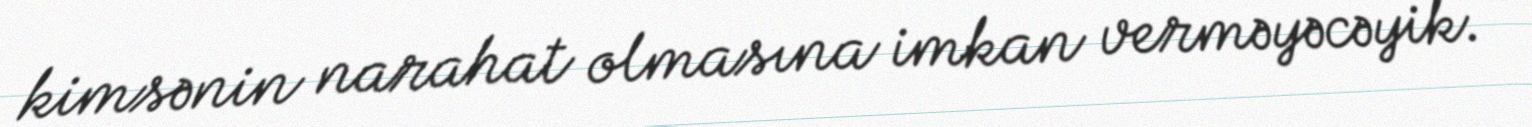
kimsənin narahat olmasına imkan verməyəcəyik.